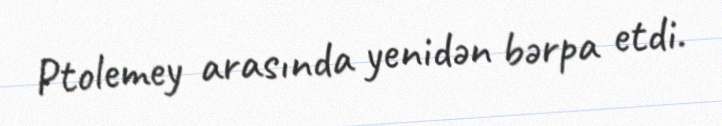
Ptolemey arasında yenidən bərpa etdi.